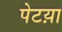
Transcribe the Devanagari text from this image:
पेटय़ा